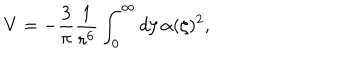
LaTeX: V = - { \frac { 3 } { \pi } } { \frac { 1 } { r ^ { 6 } } } \int _ { 0 } ^ { \infty } d \zeta \, \alpha ( \zeta ) ^ { 2 } ,